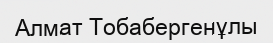
Алмат Тобабергенұлы